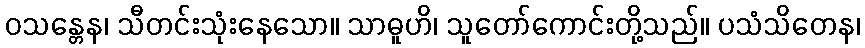
ဝသန္တေန၊ သီတင်းသုံးနေသော။ သာဓူဟိ၊ သူတော်ကောင်းတို့သည်။ ပသံသိတေန၊